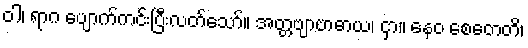
ဝါ၊ ရာဂ ပျောက်ကင်းပြီးလတ်သော်။ အတ္တဗျာဗာဓာယ၊ ငှာ။ နေဝ စေတေတိ၊